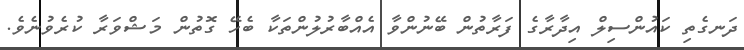
ދަނގެތި ކައުންސިލް އިދާރާގެ ފަރާތުން ބޭނުންވާ އެއްބާރުލުންތަކާ ބެހޭ ގޮތުން މަޝްވަރާ ކުރެވުނެވެ.